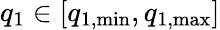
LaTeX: q_{1}\in[q_{1,\mathrm{min}},q_{1,\mathrm{max}}]